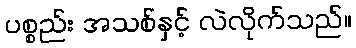
ပစ္စည်း အသစ်နှင့် လဲလိုက်သည်။